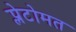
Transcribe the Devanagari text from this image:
प्लेटोमत